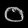
Digit: ၀